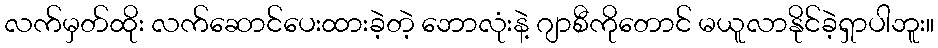
လက်မှတ်ထိုး လက်ဆောင်ပေးထားခဲ့တဲ့ ဘောလုံးနဲ့ ဂျာစီကိုတောင် မယူလာနိုင်ခဲ့ရှာပါဘူး။